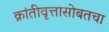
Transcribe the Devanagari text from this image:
क्रांतीवृत्तासोबतचा